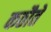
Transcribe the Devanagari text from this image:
कठौते